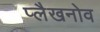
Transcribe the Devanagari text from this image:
प्लैखनोव